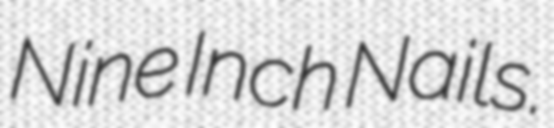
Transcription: Nine Inch Nails.